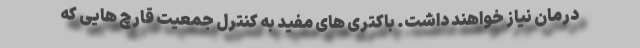
درمان نیاز خواهند داشت. باکتری های مفید به کنترل جمعیت قارچ هایی که